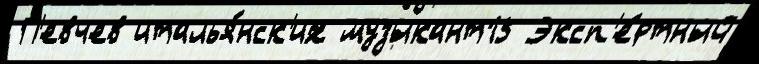
П'евчев италья́нск'их музыкант15 Эксп'е́ртный